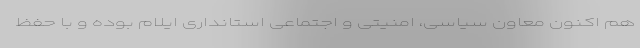
هم اکنون معاون سیاسی، امنیتی و اجتماعی استانداری ایلام بوده و با حفظ